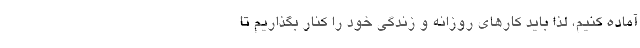
آماده کنیم، لذا باید کارهای روزانه و زندگی خود را کنار بگذاریم تا